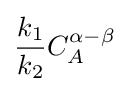
{\frac {k_{1}}{k_{2}}}C_{A}^{\alpha -\beta }